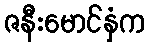
ဇနီးမောင်နှံက